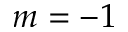
m = - 1